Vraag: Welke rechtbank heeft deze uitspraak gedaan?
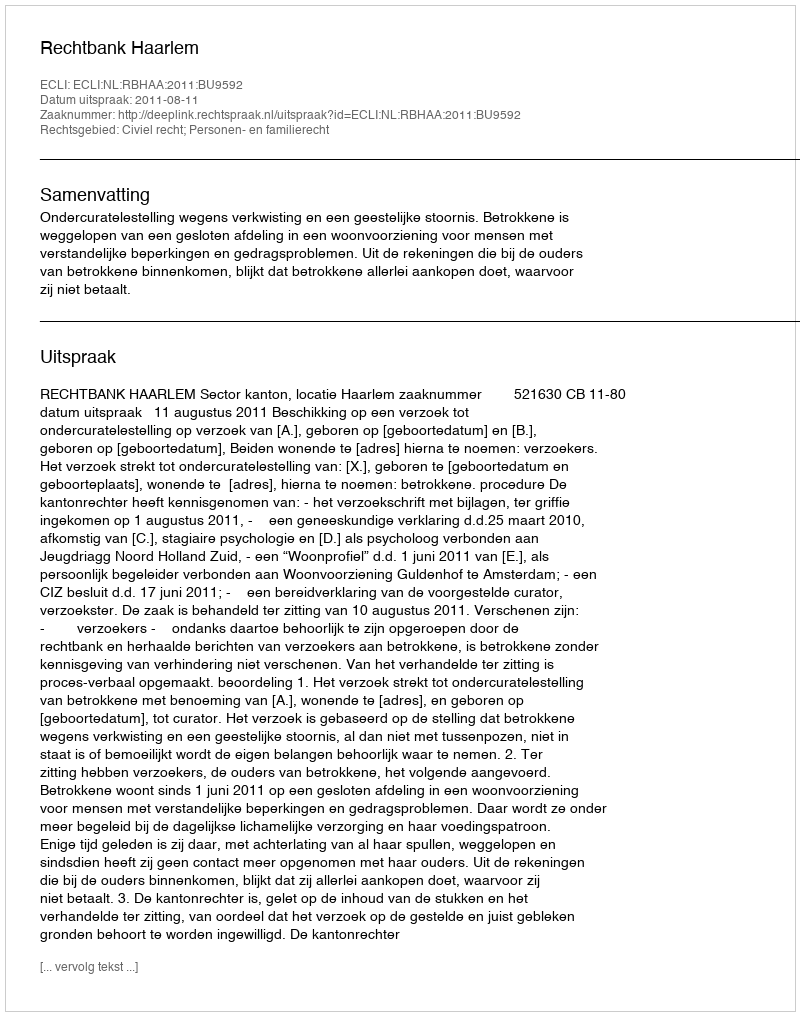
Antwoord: Rechtbank Haarlem